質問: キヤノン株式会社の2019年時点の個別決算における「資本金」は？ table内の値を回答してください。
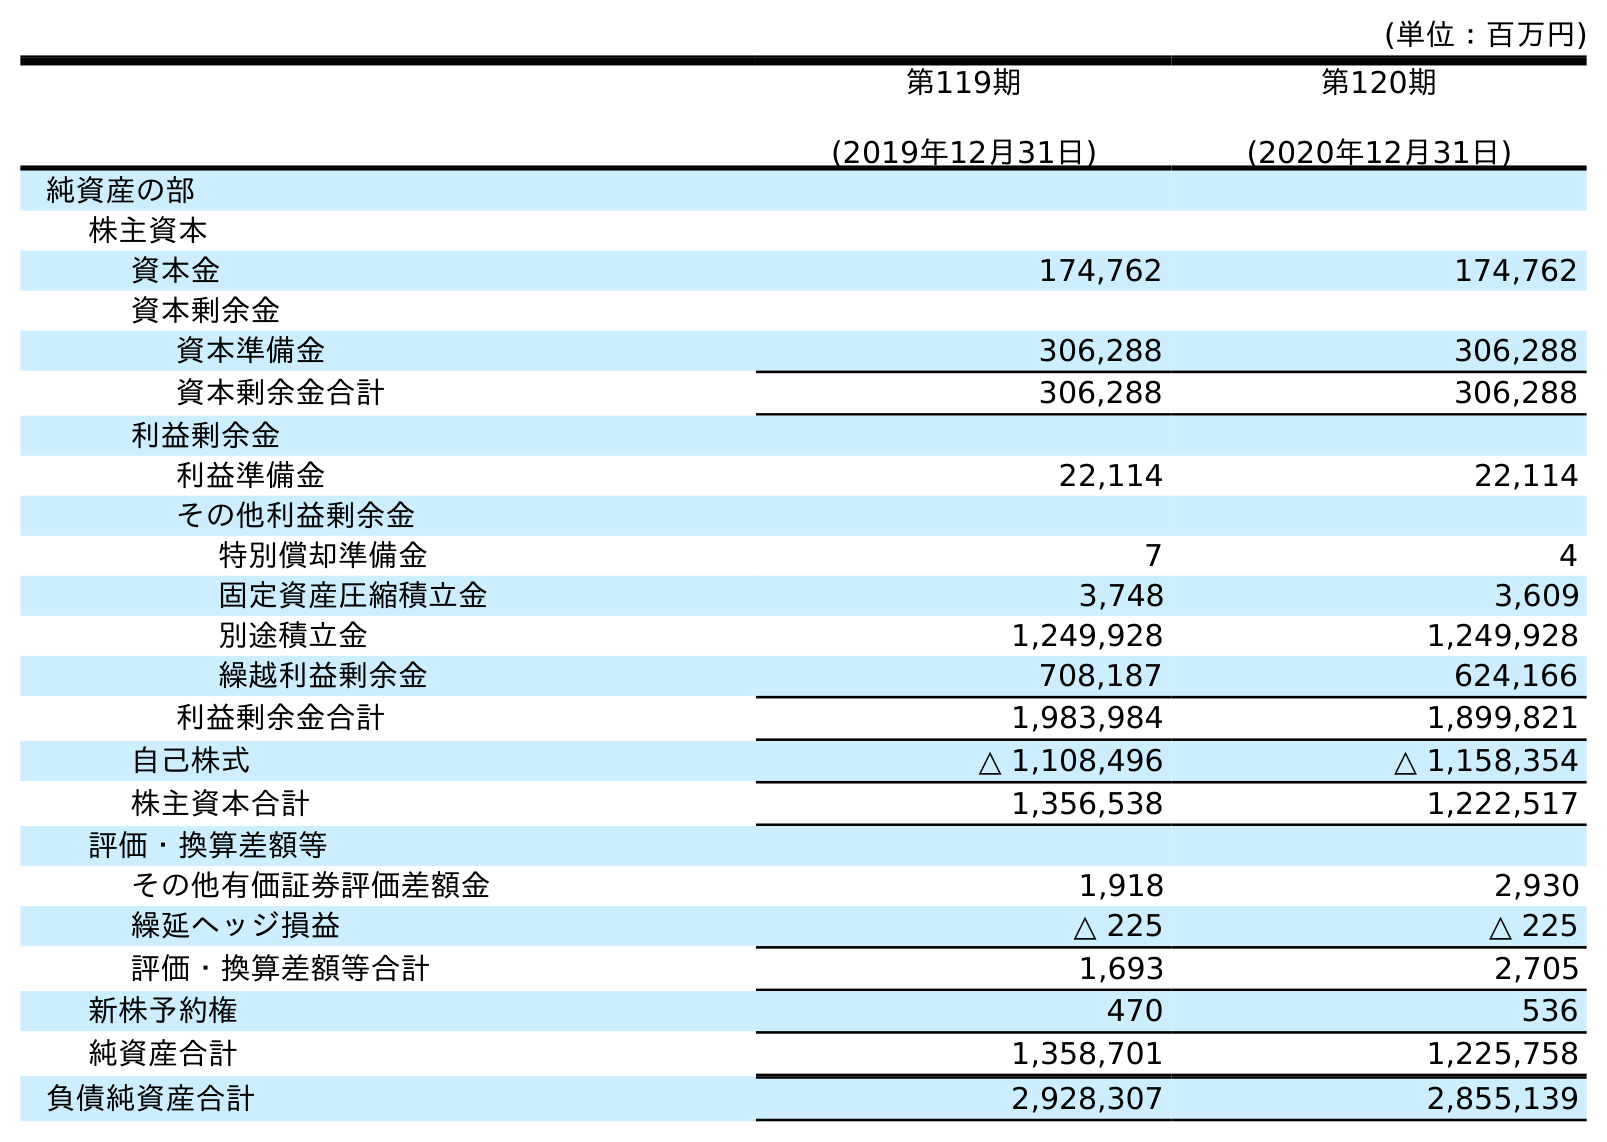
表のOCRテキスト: (単位：百万円) 第119期 (2019年12月31日) 第120期 (2020年12月31日) 純資産の部 株主資本 資本金 174,762 174,762 資本剰余金 資本準備金 306,288 306,288 資本剰余金合計 306,288 306,288 利益剰余金 利益準備金 22,114 22,114 その他利益剰余金 特別償却準備金 7 4 固定資産圧縮積立金 3,748 3,609 別途積立金 1,249,928 1,249,928 繰越利益剰余金 708,187 624,166 利益剰余金合計 1,983,984 1,899,821 自己株式 △ 1,108,496 △ 1,158,354 株主資本合計 1,356,538 1,222,517 評価・換算差額等 その他有価証券評価差額金 1,918 2,930 繰延ヘッジ損益 △ 225 △ 225 評価・換算差額等合計 1,693 2,705 新株予約権 470 536 純資産合計 1,358,701 1,225,758 負債純資産合計 2,928,307 2,855,139
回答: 174,762